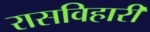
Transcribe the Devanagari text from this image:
रासविहारी